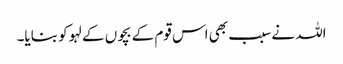
اللہ نے سبب بھی اس قوم کے بچوں کے لہو کو بنایا۔